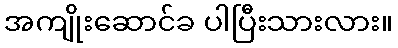
အကျိုးဆောင်ခ ပါပြီးသားလား။